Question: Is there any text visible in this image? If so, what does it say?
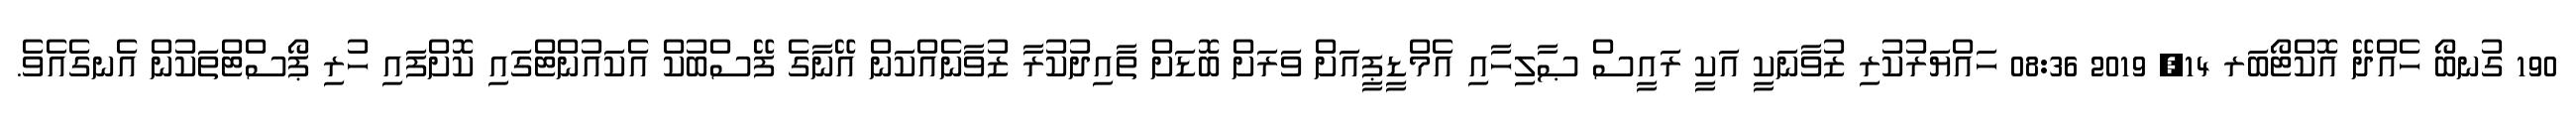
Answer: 190 ގުނބޯ ހެއްދޭ އޮކްޓޯބަރ 14, 2019 08:36 ހައްޔަރުކުރި ޒުވާނަކީ އަކީ ރައީސް ޞާލިހާއި އެމްޑީޕީއަށް ވަރަށް ބޮޑަށް ތާއިދުކުރާ ޒުވާނެއްކަން އޭނާގެ ފޭސްބުކް އެކައުންޓްގައި ކޮށްފައި ހުރި ޕޯސްޓްތަކުން އެނގެއެވެ.